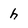
Character: h